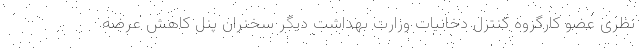
نظری عضو کارگروه کنترل دخانیات وزارت بهداشت دیگر سخنران پنل کاهش عرضه